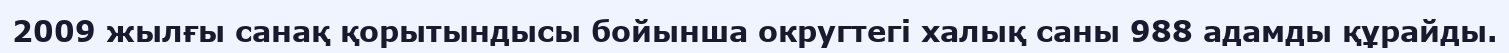
2009 жылғы санақ қорытындысы бойынша округтегі халық саны 988 адамды құрайды.